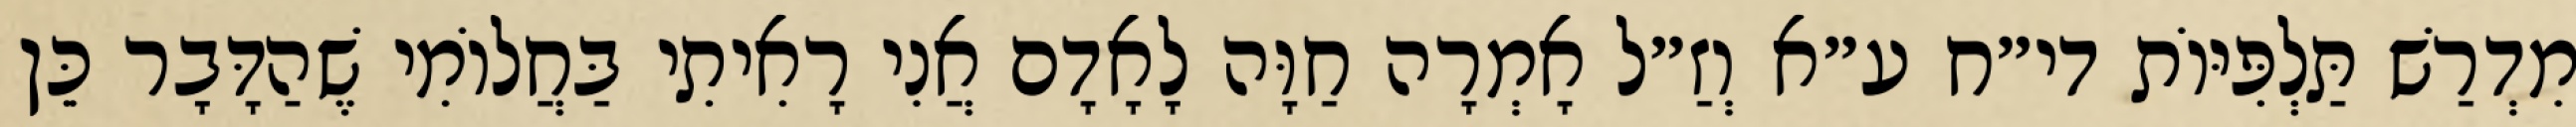
מִדְרַשׁ תַּלְפִּיּוֹת די״ח ע״א וְזַ״ל אָמְרָה חַוָּה לָאָדָם אֲנִי רָאִיתִי בַּחֲלוֹמִי שֶׁהַדָּבָר כֵּן